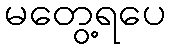
မတွေ့ရပေ